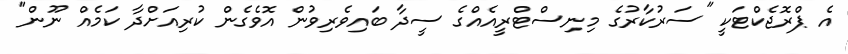
އެ ޕްރޮޖެކްޓަކީ "ސަރުކާރުގެ މިނިސްޓްރީއެއްގެ ސީދާ ބައިވެރިވުން އޮވެގެން ކުރިއަށްދާ ކަމެއް ނޫން"